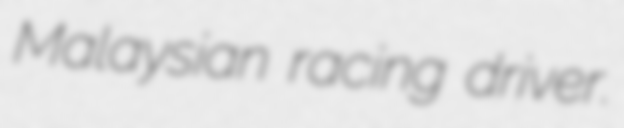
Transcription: Malaysian racing driver.